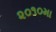
૨૦૧૦મા